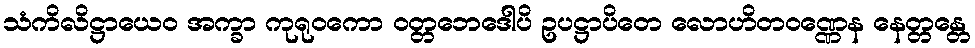
သံကိလိဋ္ဌာယေဝ အက္ခာ ကုရုဝကော ဝတ္တဘေဒေါပိ ဥပဋ္ဌာပိတေ လောဟိတဝဏ္ဏေန နေတ္တန္တေ